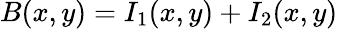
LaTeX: B(x,y)=I_{1}(x,y)+I_{2}(x,y)